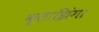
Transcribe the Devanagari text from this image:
क्लाझिंगा